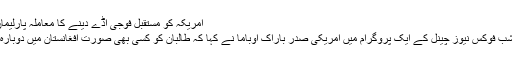
امریکہ کو مستقبل فوجی اڈے دینے کا معاملہ پارلیمان میں بحث کے لیے پیش کیا جائے گا
اسی دوران پیر اور منگل کی درمیانی شب فوکس نیوز چینل کے ایک پروگرام میں امریکی صدر باراک اوباما نے کہا کہ طالبان کو کسی بھی صورت افغانستان میں دوبارہ اقتدار حاصل کرنے نہیں دیا جائے گا۔